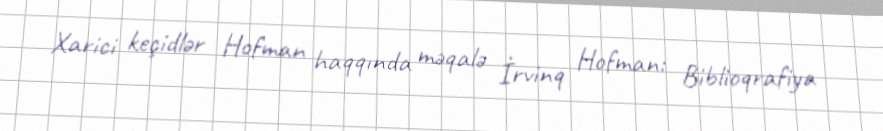
Xarici keçidlər Hofman haqqında məqalə İrvinq Hofman: Biblioqrafiya